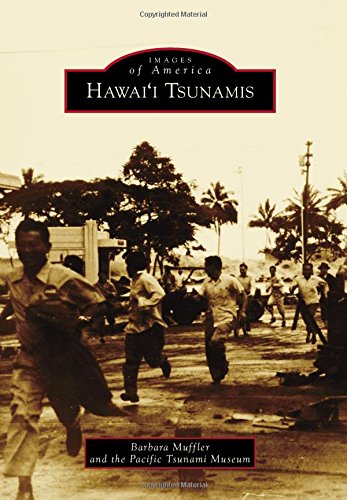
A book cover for Hawai'i Tsunamis (Images of America); Barbara Muffler; Science & Math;